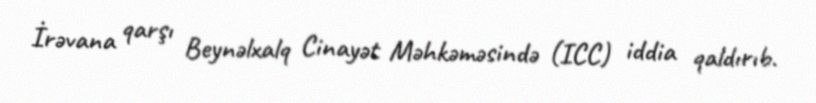
İrəvana qarşı Beynəlxalq Cinayət Məhkəməsində (ICC) iddia qaldırıb.